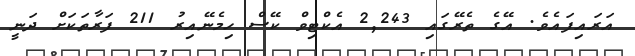
އަރައިފައެވެ. އޭގެ ތެރޭގައި 2